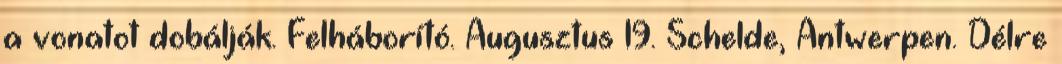
a vonatot dobálják. Felháborító. Augusztus 19. Schelde, Antwerpen. Délre